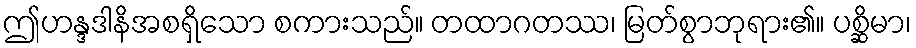
ဤဟန္ဒဒါနိအစရှိသော စကားသည်။ တထာဂတဿ၊ မြတ်စွာဘုရား၏။ ပစ္ဆိမာ၊